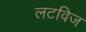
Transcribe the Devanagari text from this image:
लटविज